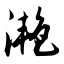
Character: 滟